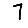
Digit: 7